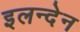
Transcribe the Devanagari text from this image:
इलन्देन